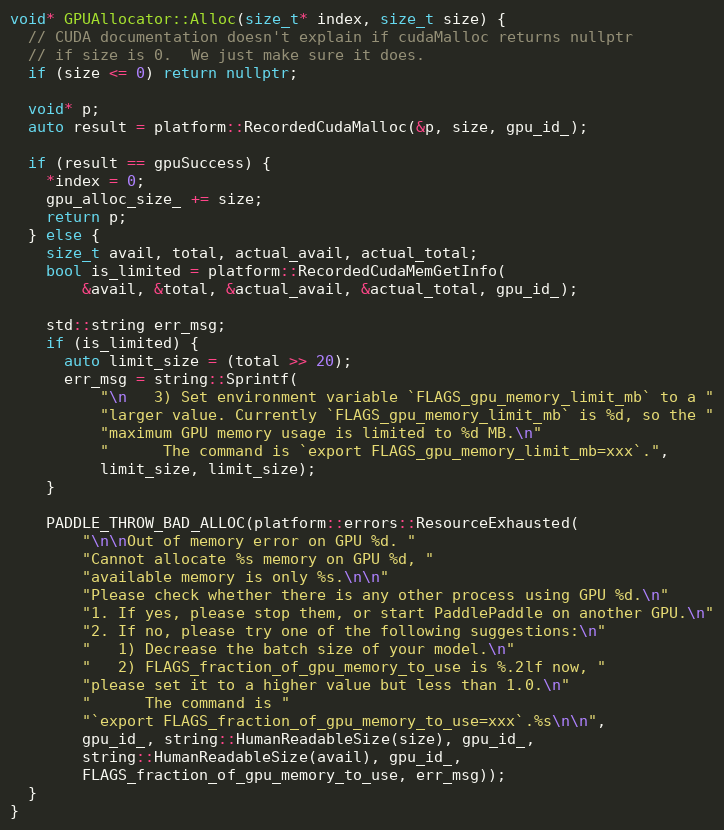
Language: C++
void* GPUAllocator::Alloc(size_t* index, size_t size) {
  // CUDA documentation doesn't explain if cudaMalloc returns nullptr
  // if size is 0.  We just make sure it does.
  if (size <= 0) return nullptr;

  void* p;
  auto result = platform::RecordedCudaMalloc(&p, size, gpu_id_);

  if (result == gpuSuccess) {
    *index = 0;
    gpu_alloc_size_ += size;
    return p;
  } else {
    size_t avail, total, actual_avail, actual_total;
    bool is_limited = platform::RecordedCudaMemGetInfo(
        &avail, &total, &actual_avail, &actual_total, gpu_id_);

    std::string err_msg;
    if (is_limited) {
      auto limit_size = (total >> 20);
      err_msg = string::Sprintf(
          "\n   3) Set environment variable `FLAGS_gpu_memory_limit_mb` to a "
          "larger value. Currently `FLAGS_gpu_memory_limit_mb` is %d, so the "
          "maximum GPU memory usage is limited to %d MB.\n"
          "      The command is `export FLAGS_gpu_memory_limit_mb=xxx`.",
          limit_size, limit_size);
    }

    PADDLE_THROW_BAD_ALLOC(platform::errors::ResourceExhausted(
        "\n\nOut of memory error on GPU %d. "
        "Cannot allocate %s memory on GPU %d, "
        "available memory is only %s.\n\n"
        "Please check whether there is any other process using GPU %d.\n"
        "1. If yes, please stop them, or start PaddlePaddle on another GPU.\n"
        "2. If no, please try one of the following suggestions:\n"
        "   1) Decrease the batch size of your model.\n"
        "   2) FLAGS_fraction_of_gpu_memory_to_use is %.2lf now, "
        "please set it to a higher value but less than 1.0.\n"
        "      The command is "
        "`export FLAGS_fraction_of_gpu_memory_to_use=xxx`.%s\n\n",
        gpu_id_, string::HumanReadableSize(size), gpu_id_,
        string::HumanReadableSize(avail), gpu_id_,
        FLAGS_fraction_of_gpu_memory_to_use, err_msg));
  }
}